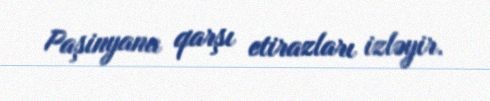
Paşinyana qarşı etirazları izləyir.